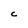
Character: C